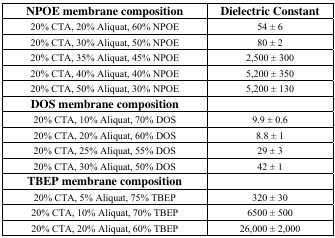
<table><thead><tr><td><b>NPOE membrane composition</b></td><td><b>Dielectric Constant</b></td></tr></thead><tbody><tr><td>20% CTA, 20% Aliquat, 60% NPOE</td><td>54 ± 6</td></tr><tr><td>20% CTA, 30% Aliquat, 50% NPOE</td><td>80 ± 2</td></tr><tr><td>20% CTA, 35% Aliquat, 45% NPOE</td><td>2,500 ± 300</td></tr><tr><td>20% CTA, 40% Aliquat, 40% NPOE</td><td>5,200 ± 350</td></tr><tr><td>20% CTA, 50% Aliquat, 30% NPOE</td><td>5,200 ± 130</td></tr><tr><td><b>DOS membrane composition</b></td><td></td></tr><tr><td>20% CTA, 10% Aliquat, 70% DOS</td><td>9.9 ± 0.6</td></tr><tr><td>20% CTA, 20% Aliquat, 60% DOS</td><td>8.8 ± 1</td></tr><tr><td>20% CTA, 25% Aliquat, 55% DOS</td><td>29 ± 3</td></tr><tr><td>20% CTA, 30% Aliquat, 50% DOS</td><td>42 ± 1</td></tr><tr><td><b>TBEP membrane composition</b></td><td></td></tr><tr><td>20% CTA, 5% Aliquat, 75% TBEP</td><td>320 ± 30</td></tr><tr><td>20% CTA, 10% Aliquat, 70% TBEP</td><td>6500 ± 500</td></tr><tr><td>20% CTA, 20% Aliquat, 60% TBEP</td><td>26,000 ± 2,000</td></tr></tbody></table>